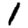
Digit: 1